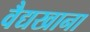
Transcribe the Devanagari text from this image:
वैद्यखाना